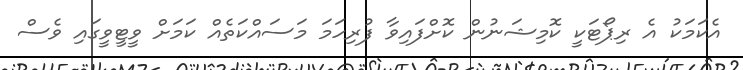
އެކަމަކު އެ ރިޕޯޓަކީ ކޮމިޝަނުން ކޮށްފައިވާ ފުރިހަމަ މަސައްކަތެއް ކަމަށް ވީޓީވީގައި ވެސް